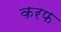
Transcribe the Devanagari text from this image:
करफ